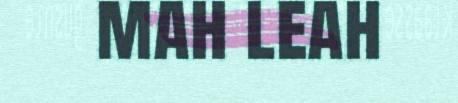
mah leah